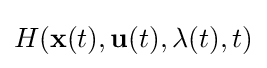
H(\mathbf {x} (t),\mathbf {u} (t),\mathbf {\lambda } (t),t)